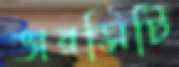
ভারসিটি